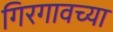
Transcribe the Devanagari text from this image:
गिरगावच्या